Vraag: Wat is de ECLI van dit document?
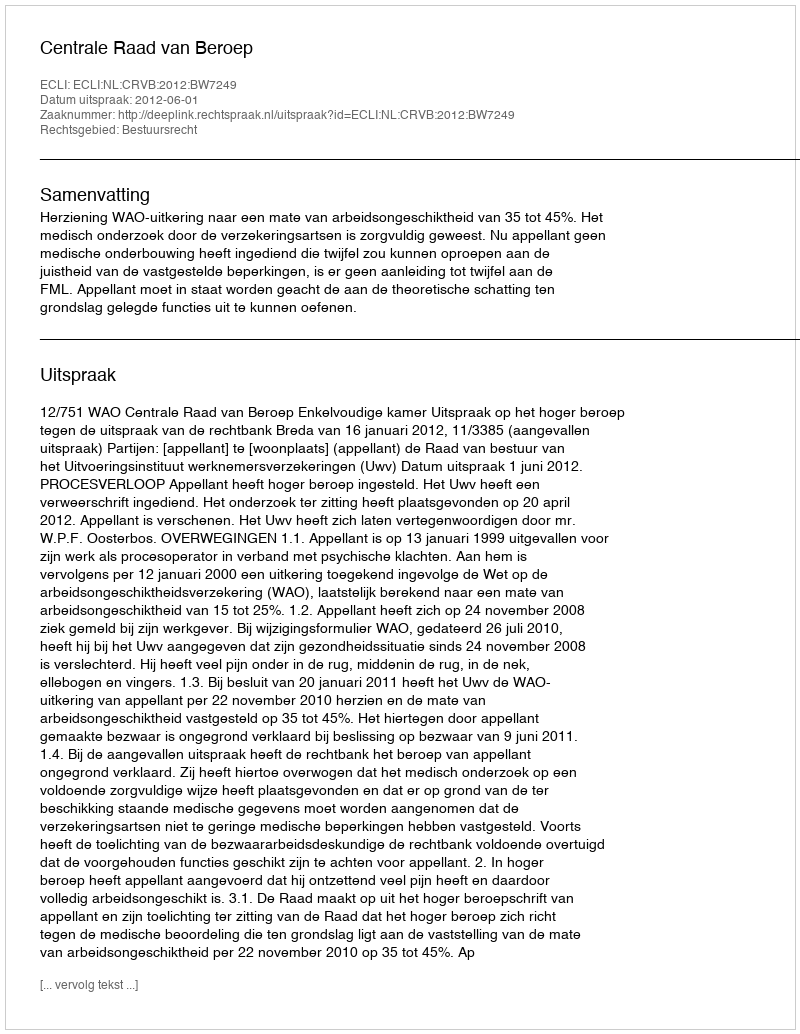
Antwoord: ECLI:NL:CRVB:2012:BW7249